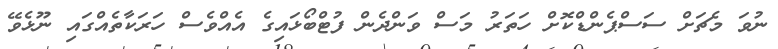
ނުވަ މެޗަށް ސަސްޕެންޑްކޮށް ހަތަރު މަސް ވަންދެން ފުޓްބޯޅައިގެ އެއްވެސް ހަރަކާތެއްގައި ނޫޅެވޭ